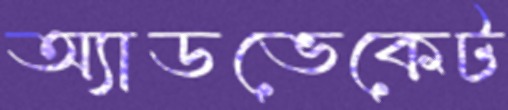
অ্যাডভেকেট